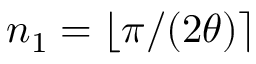
n _ { 1 } = \lfloor \pi / ( 2 \theta ) \rceil